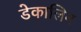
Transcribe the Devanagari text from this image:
डेकालिन